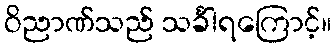
ဝိညာဏ်သည် သင်္ခါရကြောင့်။